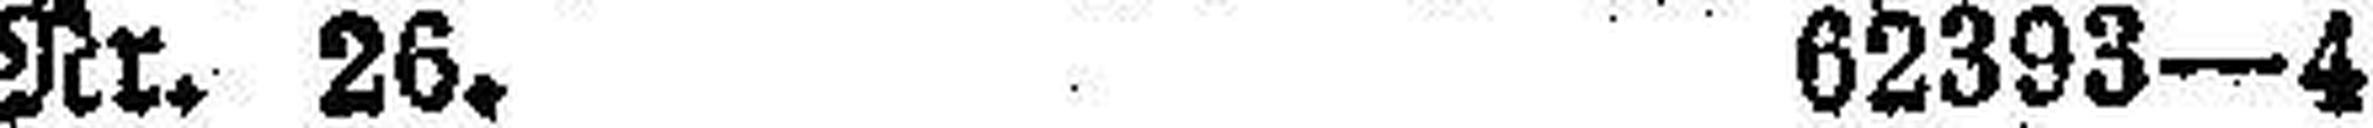
Nr. 26. 62393—4